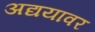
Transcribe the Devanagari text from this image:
अद्ययावर